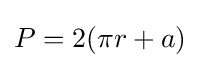
P=2(\pi r+a)